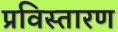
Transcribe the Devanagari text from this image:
प्रविस्तारण